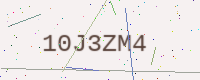
Text: 10J3ZM4